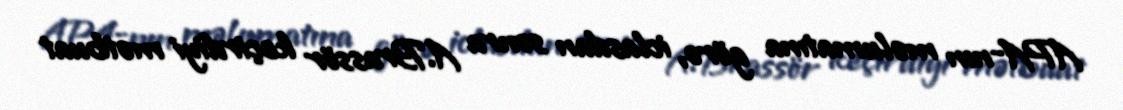
APA-nın məlumatına görə, iclasdan sonra A.Brassör keçirdiyi mətbuat